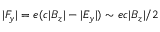
| F _ { y } | = e ( c | B _ { z } | - | E _ { y } | ) \sim e c | B _ { z } | / 2